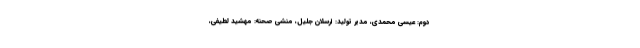
دوم: عیسی محمدی، مدیر تولید: ارسلان جلیل، منشی صحنه: مهشید لطیفی،